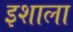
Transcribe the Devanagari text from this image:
इशाला